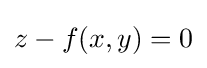
z-f(x,y)=0